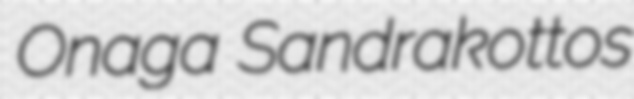
Onaga Sandrakottos